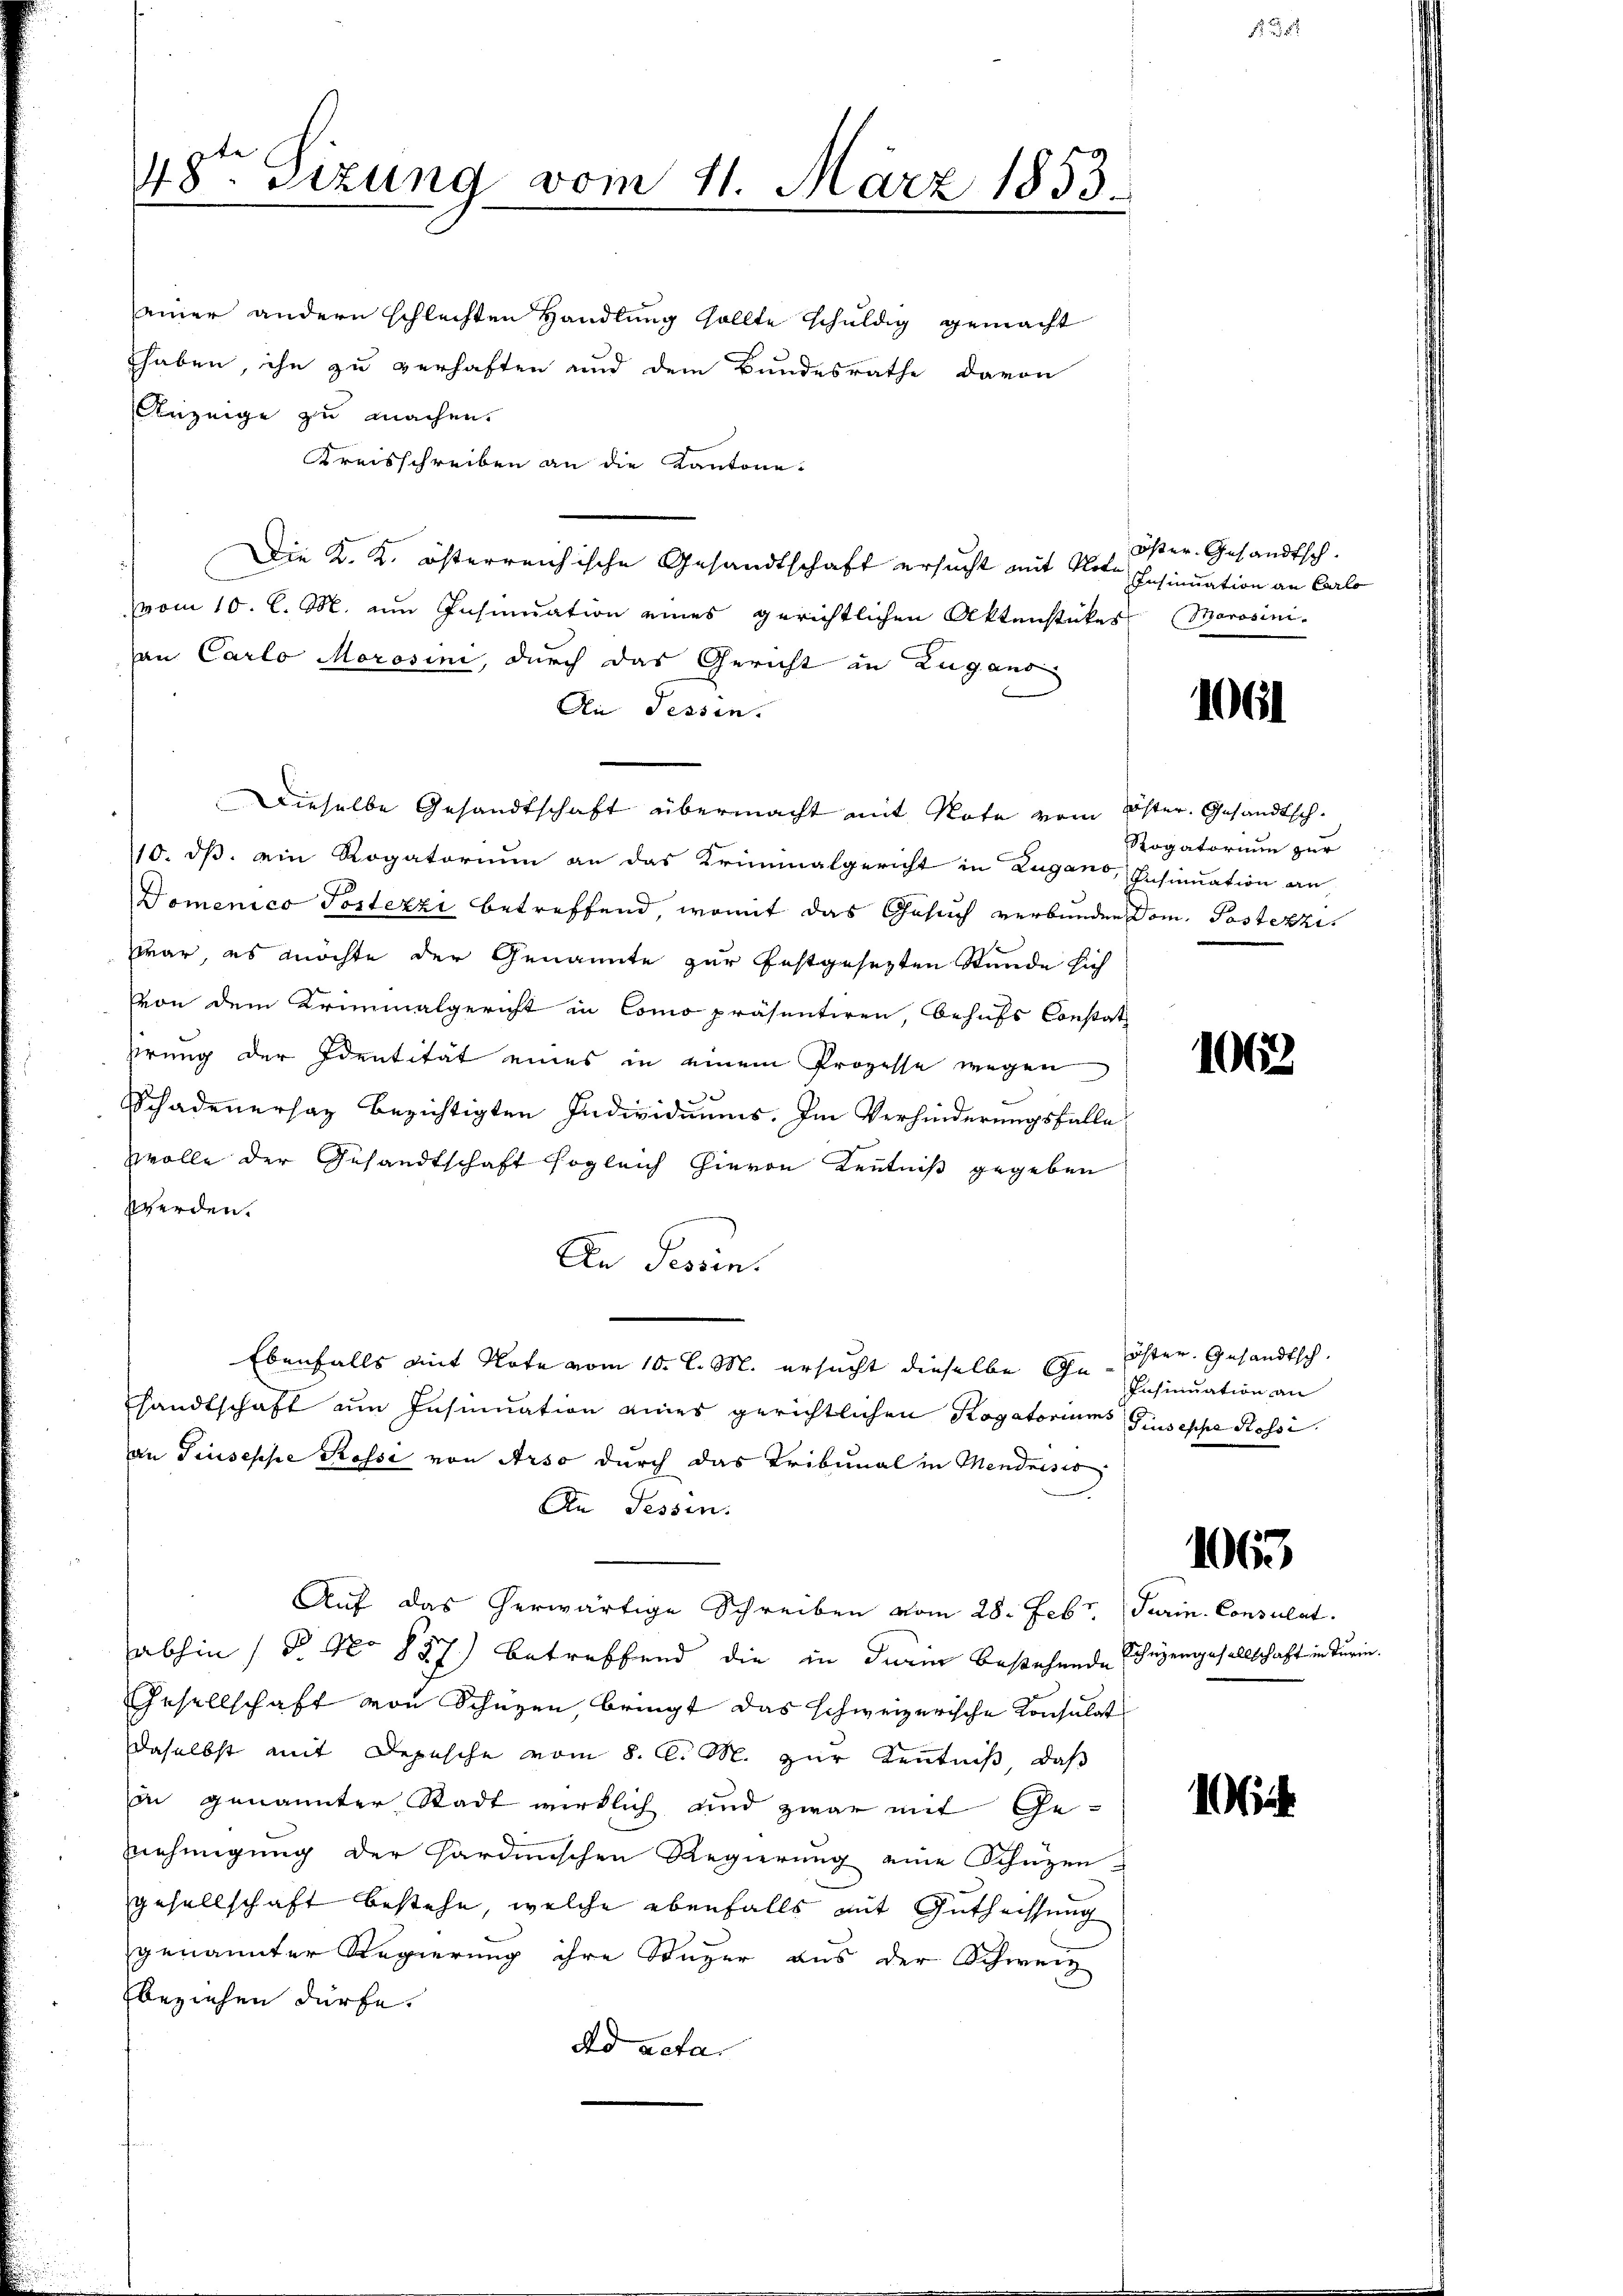
48ten Sizung vom 11. März 1853.

einer andern schlechten Handlung sollte schuldig gemacht
Ehaben, ihn zu verhaften und dem Bundesrathe davon
Anzeige zu machen.
Kreisschreiben an die Kantone.
Die K. K. österreichische Gesandtschaft ersucht mit Note Insinuation an Carlo
(vom 10. l. M. ein Insinuation eines gerichtlichen Aktenstückes (Marosini-
an Carlo Morosini, durch das Gericht in Zugano
An Tessin.
Dieselbe Gesandtschaft übermacht mit Note vom öster. Gesandtsch¬
110. ds. ein Rogatorium an das Kriminalgericht in Zugano, Insinuation an,
Domenico Postezzi betreffend, womit das Gesuch verbunden Dom. Postezziwar, es möchte der Genannte zur festgesezten Stunde sich
Von dem Krimmatgericht in Como präsentiren, behufs Constat
sirung der Identität eines in einem Prozesse wegen
Schadenersaz bezichtigten Individuums. Im Verhinderungsfalle
Wolle der Gesandtschaft sogleich hievon Kenntniß gegeben
werden.
An Tessin.
Ebenfalls mit Note vom 10. l. M. ersucht dieselbe Christer. Gesandtsch.
handtschaft um Insinuation eines gerichtlichen Rogatoriums Giuseppe Rossian Giuseppe Rossi von Arso durch das Tribunal in Mendrisio
An Tessin.
Auf das herwärtige Schreiben vom 28. Febr. (Turin. Consulat
abhin (T. No 857.) betreffend die in darin bestehende Schazengesellschaft in Turin.
Gesellschaft von Schüzen, bringt das schweizerische Konsulat
daselbst mit Depesche vom 8. d. M. zur Kenntniß, daß
in genannter Stadt wirklich und zwar mit Gennehmigung der Hardinischen Regierung eine Schüzen
gesellschaft bestehe, welche ebenfalls mit Gutheissung
genannter Regierung ihre Stuzer aus der Schweiz
beziehen dürfe.
Ad acta.

öster Gesandtsch.

10

Rogatorium zur

106

Insinuation an

1063

ich